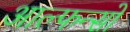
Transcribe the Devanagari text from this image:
आल्फन्सो